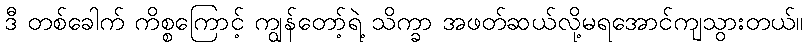
ဒီ တစ်ခေါက် ကိစ္စကြောင့် ကျွန်တော့်ရဲ့ သိက္ခာ အဖတ်ဆယ်လို့မရအောင်ကျသွားတယ်။